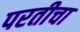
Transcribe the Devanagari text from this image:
परतीचा